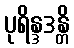
ပုရိန္ဒဒန္တိ